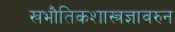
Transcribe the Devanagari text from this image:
खभौतिकशास्त्रज्ञावरुन